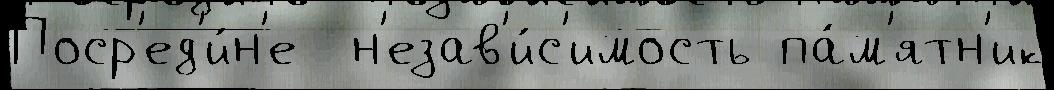
Поср'ед'и́н'е  н'езав'и́с'имость па́м'ятн'ик